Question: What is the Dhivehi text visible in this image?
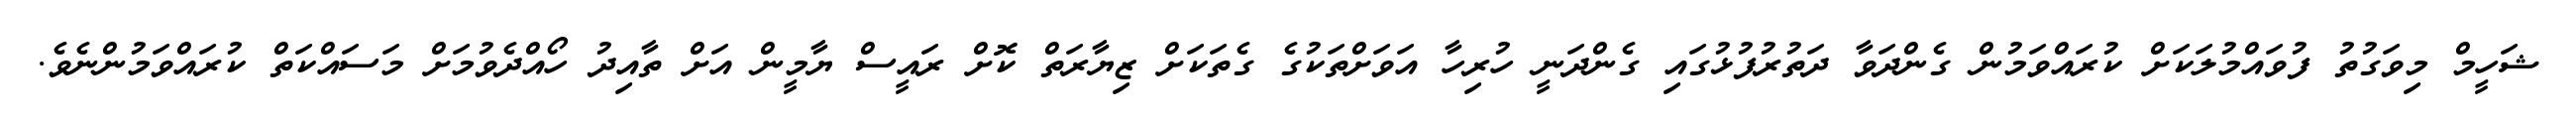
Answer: ޝަހީމް މިވަގުތު ފުވައްމުލަކަށް ކުރައްވަމުން ގެންދަވާ ދަތުރުފުޅުގައި ގެންދަނީ ހުރިހާ އަވަށްތަކުގެ ގެތަކަށް ޒިޔާރަތް ކޮށް ރައީސް ޔާމީން އަށް ތާއިދު ހޯއްދެވުމަށް މަސައްކަތް ކުރައްވަމުންނެވެ.